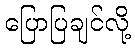
ပြောပြချင်လို့